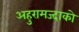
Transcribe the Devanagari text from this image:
अहुरामज्दाको